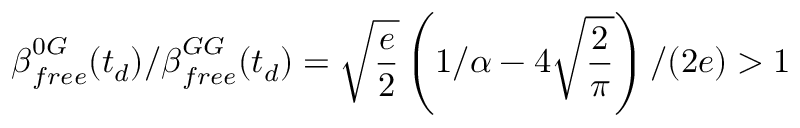
\boldsymbol { \beta } _ { f r e e } ^ { 0 G } ( t _ { d } ) / \boldsymbol { \beta } _ { f r e e } ^ { G G } ( t _ { d } ) = \sqrt { \frac { e } { 2 } } \left( 1 / \alpha - 4 \sqrt { \frac { 2 } { \pi } } \right) / ( 2 e ) > 1